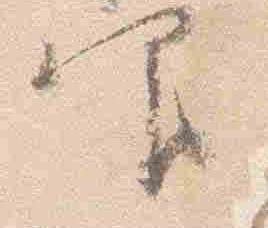
仰